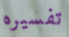
تفسيره